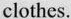
clothes.